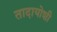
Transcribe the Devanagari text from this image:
तादायोशी